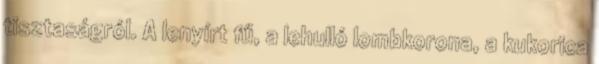
tisztaságról. A lenyírt fű, a lehulló lombkorona, a kukorica